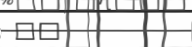
٤٦